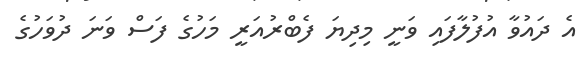
އެ ދައުވާ އުފުލާފައި ވަނީ މިދިޔަ ފެބްރުއަރީ މަހުގެ ފަސް ވަނަ ދުވަހުގެ